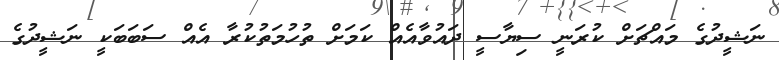
ނަޝީދުގެ މައްޗަށް ކުރަނީ ސިޔާސީ ދައުވާއެއް ކަމަށް ތުހުމަތުކުރާ އެއް ސަބަބަކީ ނަޝީދުގެ